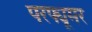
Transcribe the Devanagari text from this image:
परफ्यूमर